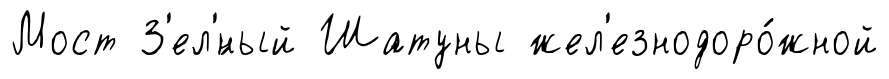
Мост З'ел'́ный Шатуны жел'езнодоро́жной